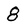
Character: 8